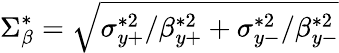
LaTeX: \Sigma_{\beta}^{*}=\sqrt{\sigma_{y+}^{*2}/\beta_{y+}^{*2}+\sigma_{y-}^{*2}/\beta_{y-}^{*2}}